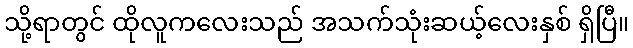
သို့ရာတွင် ထိုလူကလေးသည် အသက်သုံးဆယ့်လေးနှစ် ရှိပြီ။